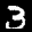
Label: 3